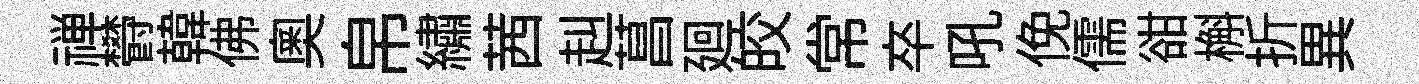
禅欎韓佛奥帛繡茜赳菖廻皎常卒吼俛儒𧮳槲折異